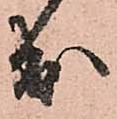
出